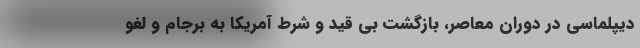
دیپلماسی در دوران معاصر، بازگشت بی قید و شرط آمریکا به برجام و لغو